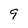
Character: 9